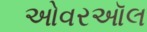
ઓવરઑલ